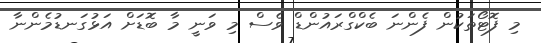
މި ފޮޓޯތަކުން ފެންނަ ބެކްގްރައުންޑް ވެސް މި ވަނީ މާ ބޮޑަށް އަޅުގަނޑުމެންނާ